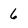
Character: 6